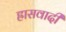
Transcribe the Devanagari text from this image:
ह्रासवादी